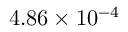
4 . 8 6 \times 1 0 ^ { - 4 }